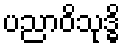
ပညာဝိသုဒ္ဓိ